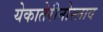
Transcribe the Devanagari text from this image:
येकातेरीनोस्लाव